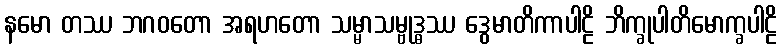
နမော တဿ ဘဂဝတော အရဟတော သမ္မာသမ္ဗုဒ္ဓဿ ဒွေမာတိကာပါဠိ ဘိက္ခုပါတိမောက္ခပါဠိ